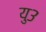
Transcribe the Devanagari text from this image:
यु३